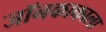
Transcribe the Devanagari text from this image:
जॉनकाकाला